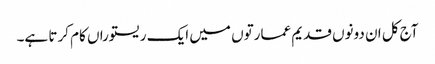
آج کل ان دونوں قدیم عمارتوں میں ایک ریستوراں کام کرتا ہے۔